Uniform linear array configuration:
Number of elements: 64
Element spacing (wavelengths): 1
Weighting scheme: blackman
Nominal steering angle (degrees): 45
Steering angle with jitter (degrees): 43.883
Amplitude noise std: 0.05
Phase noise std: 0.05

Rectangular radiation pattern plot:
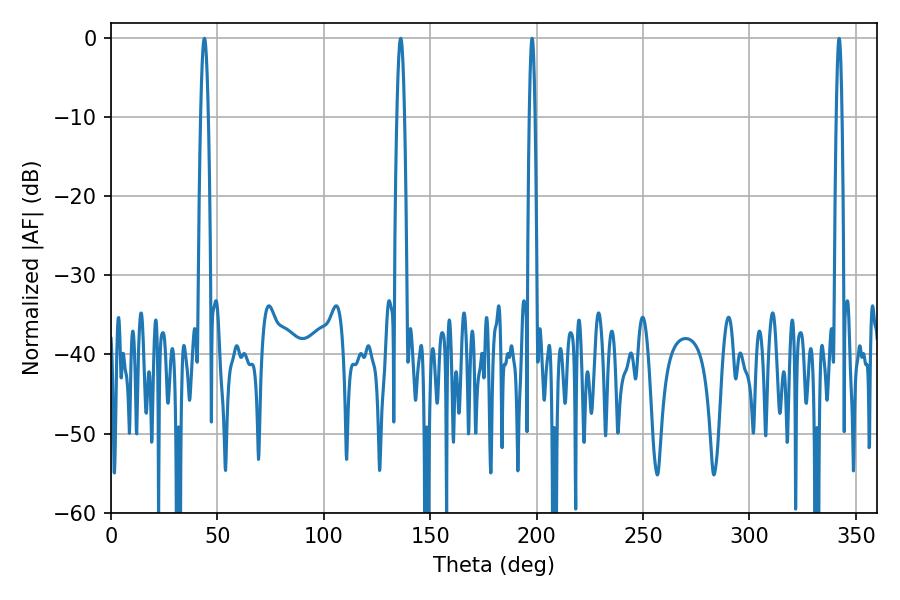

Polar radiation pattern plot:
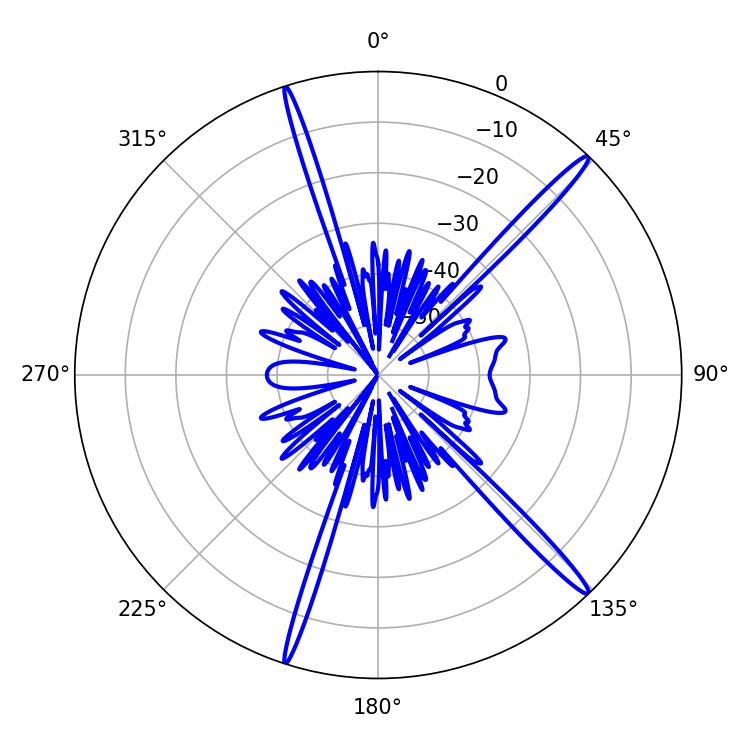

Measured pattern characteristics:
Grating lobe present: TRUE
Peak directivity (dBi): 17.565
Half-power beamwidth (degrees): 1.8
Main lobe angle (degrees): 136.08